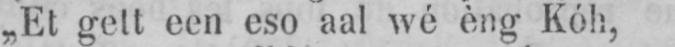
„Et gett een eso aal wé èng Kóh,